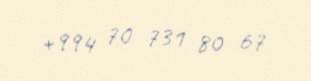
+994 70 731 80 67